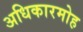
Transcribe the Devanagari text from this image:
अधिकारमोह